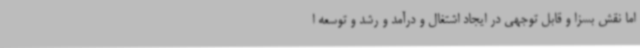
اما نقش بسزا و قابل توجهی در ایجاد اشتغال و درآمد و رشد و توسعه ا